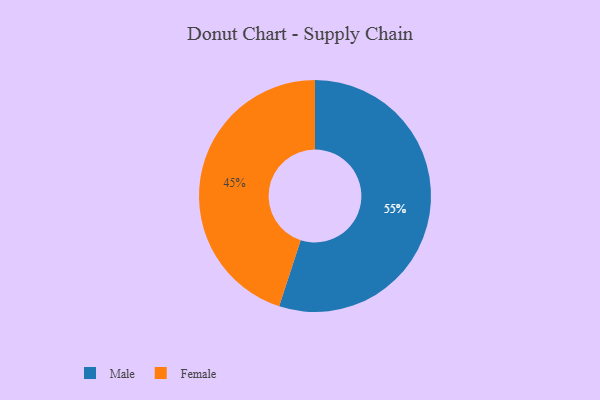
{"axis": {"x": "Category", "y": "Percentage"}, "legend": ["Female", "Male"], "data": [{"x": "Female", "y": 45, "type": "Female"}, {"x": "Male", "y": 55, "type": "Male"}]}